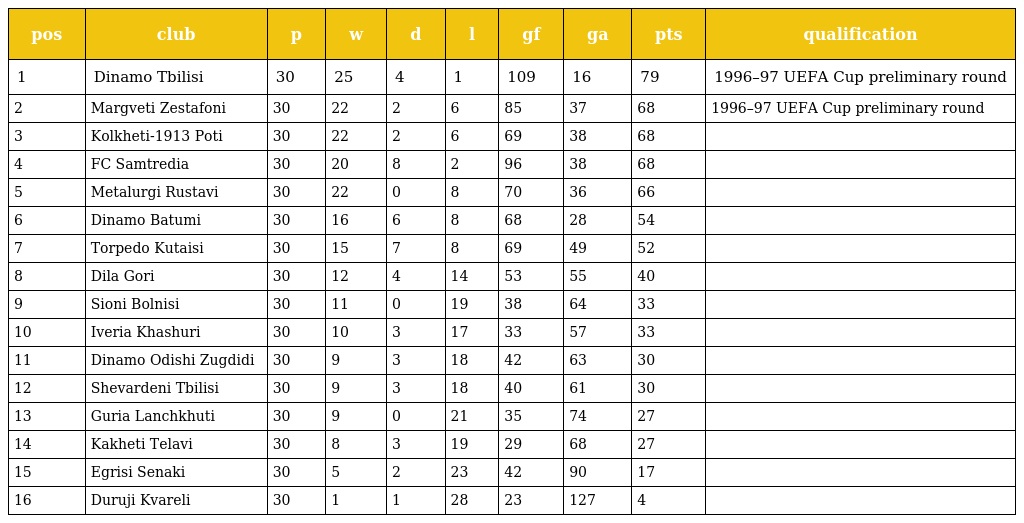
| pos | club | p | w | d | l | gf | ga | pts | qualification |
 | --- | --- | --- | --- | --- | --- | --- | --- | --- | --- |
 | 1 | Dinamo Tbilisi | 30 | 25 | 4 | 1 | 109 | 16 | 79 | 1996–97 UEFA Cup preliminary round |
 | 2 | Margveti Zestafoni | 30 | 22 | 2 | 6 | 85 | 37 | 68 | 1996–97 UEFA Cup preliminary round |
 | 3 | Kolkheti-1913 Poti | 30 | 22 | 2 | 6 | 69 | 38 | 68 |  |
 | 4 | FC Samtredia | 30 | 20 | 8 | 2 | 96 | 38 | 68 |  |
 | 5 | Metalurgi Rustavi | 30 | 22 | 0 | 8 | 70 | 36 | 66 |  |
 | 6 | Dinamo Batumi | 30 | 16 | 6 | 8 | 68 | 28 | 54 |  |
 | 7 | Torpedo Kutaisi | 30 | 15 | 7 | 8 | 69 | 49 | 52 |  |
 | 8 | Dila Gori | 30 | 12 | 4 | 14 | 53 | 55 | 40 |  |
 | 9 | Sioni Bolnisi | 30 | 11 | 0 | 19 | 38 | 64 | 33 |  |
 | 10 | Iveria Khashuri | 30 | 10 | 3 | 17 | 33 | 57 | 33 |  |
 | 11 | Dinamo Odishi Zugdidi | 30 | 9 | 3 | 18 | 42 | 63 | 30 |  |
 | 12 | Shevardeni Tbilisi | 30 | 9 | 3 | 18 | 40 | 61 | 30 |  |
 | 13 | Guria Lanchkhuti | 30 | 9 | 0 | 21 | 35 | 74 | 27 |  |
 | 14 | Kakheti Telavi | 30 | 8 | 3 | 19 | 29 | 68 | 27 |  |
 | 15 | Egrisi Senaki | 30 | 5 | 2 | 23 | 42 | 90 | 17 |  |
 | 16 | Duruji Kvareli | 30 | 1 | 1 | 28 | 23 | 127 | 4 |  |